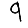
Digit: 9